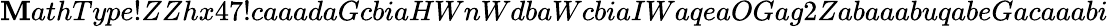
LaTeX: \mathbf{M}athType!ZZhx47!caaadaGcbiaHWnWdbaWcbiaIWaqeaOGag2ZabaaabuqabeGacaaabi